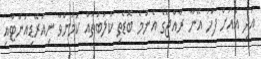
އަދި އެއަށް ފަހު އޭނާ ރާއްޖޭގެ އެންމެ ބޮޑެތި ކުލަބްތައް ކަމަށްވާ ނިއުރޭޑިއަންޓާއި